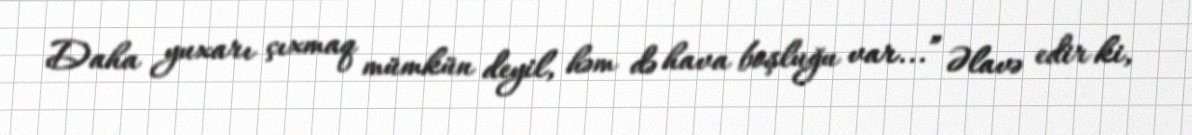
Daha yuxarı çıxmaq mümkün deyil, həm də hava boşluğu var...” Əlavə edir ki,